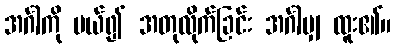
အင်္ဂါကို ပယ်၍ အတုလိုက်ခြင်း အင်္ဂါမျှ ထူး၏။